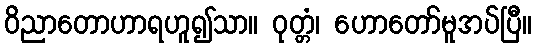
ဝိညာတောဟာရဟူ၍သာ။ ဝုတ္တံ၊ ဟောတော်မူအပ်ပြီ။